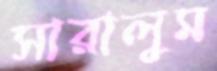
সারালুম